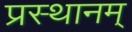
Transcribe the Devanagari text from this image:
प्रस्थानम्